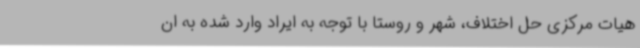
هیات مرکزی حل اختلاف، شهر و روستا با توجه به ایراد وارد شده به ان